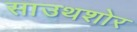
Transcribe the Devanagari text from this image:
साउथशोर